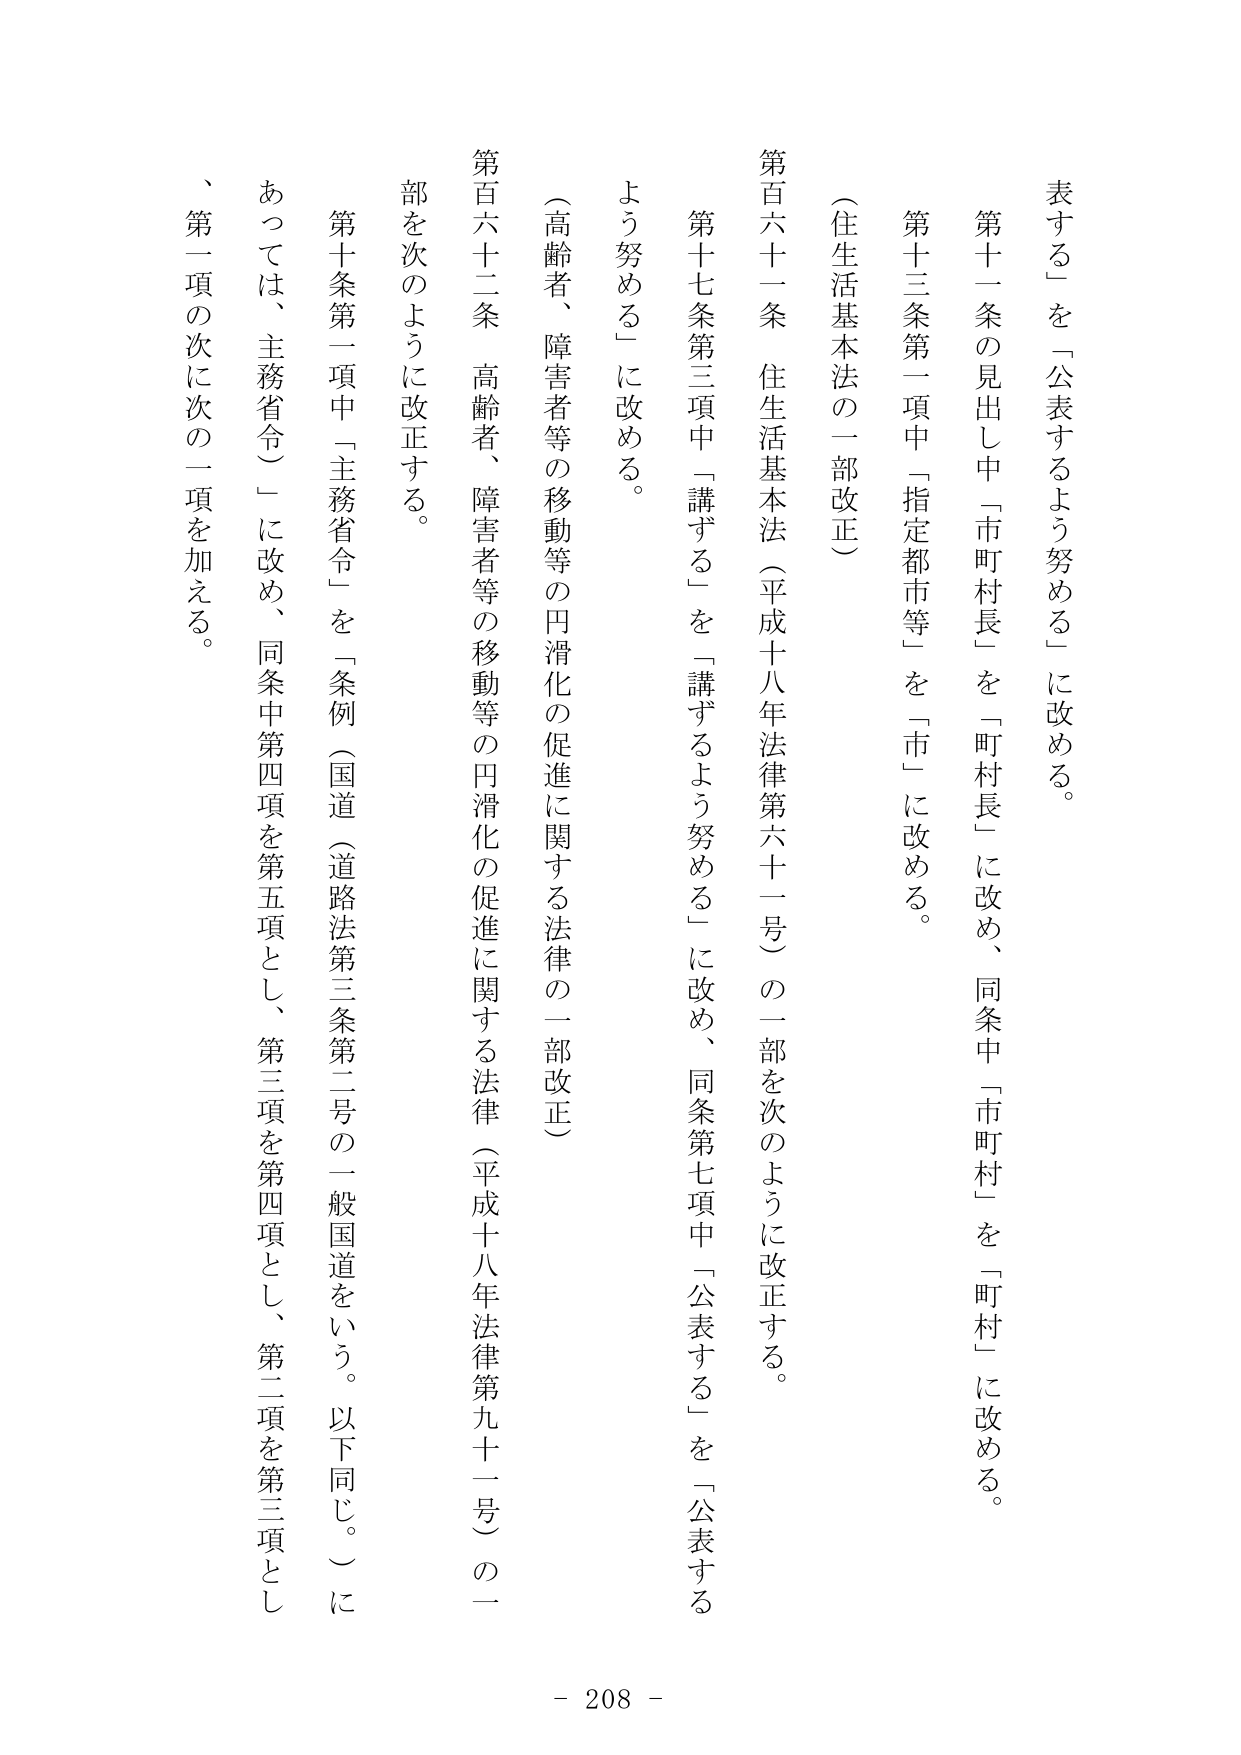
表する」を「公表するよう努める」に改める。

第十一條の見出し中「市町村長」を「町村長」に改め、同条中「市町村」を「町村」に改める。

第十三條第一項中「指定都市等」を「市」に改める。

（住生活基本法の一部改正）

第百六十一条　住生活基本法（平成十八年法律第六十一号）の一部を次のように改正する。

第十七条第三項中「講ずる」を「講ずるよう努める」に改め、同条第七項中「公表する」を「公表するよう努める」に改める。

（高齢者、障害者等の移動等の円滑化の促進に関する法律の一部改正）

第百六十二条　高齢者、障害者等の移動等の円滑化の促進に関する法律（平成十八年法律第九十一号）の一部を次のように改正する。

第十条第一項中「主務省令」を「条例（国道（道路法第三条第二号の一般国道をいう。以下同じ。）にあっては、主務省令）」に改め、同条中第四項を第五項とし、第三項を第四項とし、第二項を第三項とし、第一項の次に次の一項を加える。

- 208 -